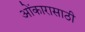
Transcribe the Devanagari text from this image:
ओंकारासाठी